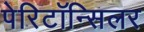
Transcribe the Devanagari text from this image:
पेरिटॉन्सिलर